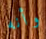
وأنه